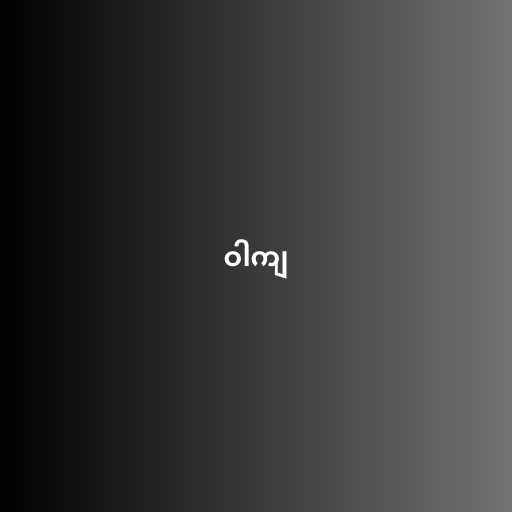
ဝါကျ